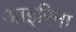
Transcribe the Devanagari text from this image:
आइरिना